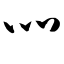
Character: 灬